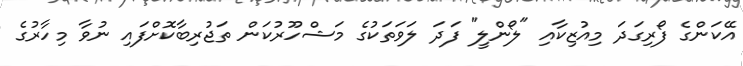
އޭކަންގެ ފޯރިގަދަ މިއުޒިކާއި "ލޯންލީ" ފަދަ ލަވަތަކުގެ މަޝްހޫރުކަން ތަޖުރިބާކޮށްފައި ނުވާ މިހާރުގެ